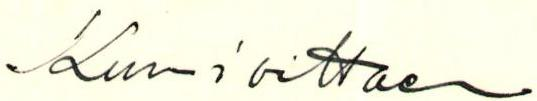
Kunnioittaen